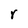
Character: r